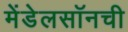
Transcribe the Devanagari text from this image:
मेंडेलसॉनची